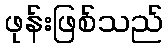
ဖုန်းဖြစ်သည်